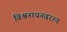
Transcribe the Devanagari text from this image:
विश्वनाथनवरत्न